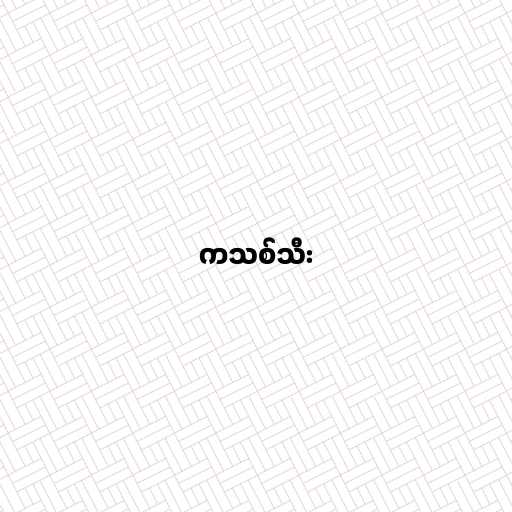
ကသစ်သီး